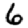
Digit: 6